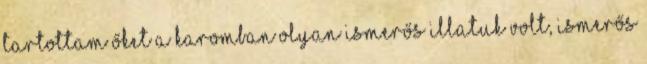
tartottam őket a karomban olyan ismerős illatuk volt, ismerős